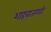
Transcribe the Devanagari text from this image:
शाहबाजगढी